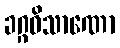
ခဂ္ဂဝိသာဏော